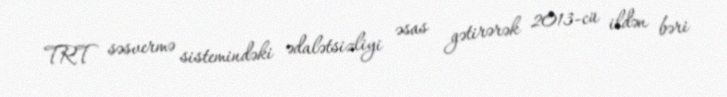
TRT səsvermə sistemindəki ədalətsizliyi əsas gətirərək 2013-cü ildən bəri